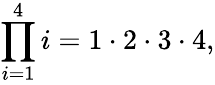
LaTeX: \prod_{i=1}^{4}i=1\cdot 2\cdot 3\cdot 4,